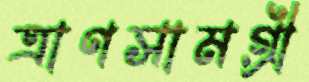
ত্রাণসামগ্রী